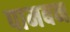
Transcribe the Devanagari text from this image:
पामबन